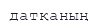
датқаның